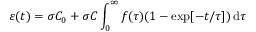
\varepsilon ( t ) = \sigma C _ { 0 } + \sigma C \int _ { 0 } ^ { \infty } f ( \tau ) ( 1 - \exp [ - t / \tau ] ) \, \mathrm { d } \tau